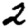
Digit: 2